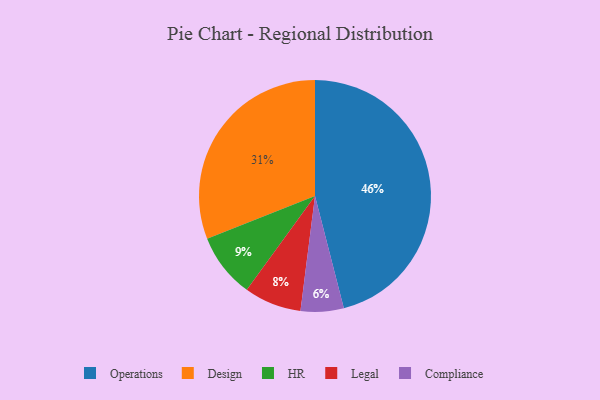
{"axis": {"x": "Category", "y": "Percentage"}, "legend": ["Compliance", "Design", "HR", "Legal", "Operations"], "data": [{"x": "HR", "y": 9, "type": "HR"}, {"x": "Design", "y": 31, "type": "Design"}, {"x": "Operations", "y": 46, "type": "Operations"}, {"x": "Compliance", "y": 6, "type": "Compliance"}, {"x": "Legal", "y": 8, "type": "Legal"}]}